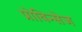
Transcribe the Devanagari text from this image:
प्रोविन्सेज